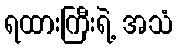
ရထားကြီးရဲ့ အသံ